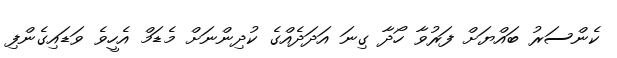
ކެންސަރު ބައްޔަށް ފަރުވާ ހޯދާ ގިނަ އަދަދެއްގެ ކުދިންނަށް މެޑަމް އެހީވެ ވަޑައިގެންފި